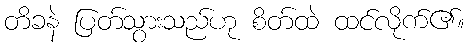
တိခနဲ ပြတ်သွားသည်ဟု စိတ်ထဲ ထင်လိုက်၏။